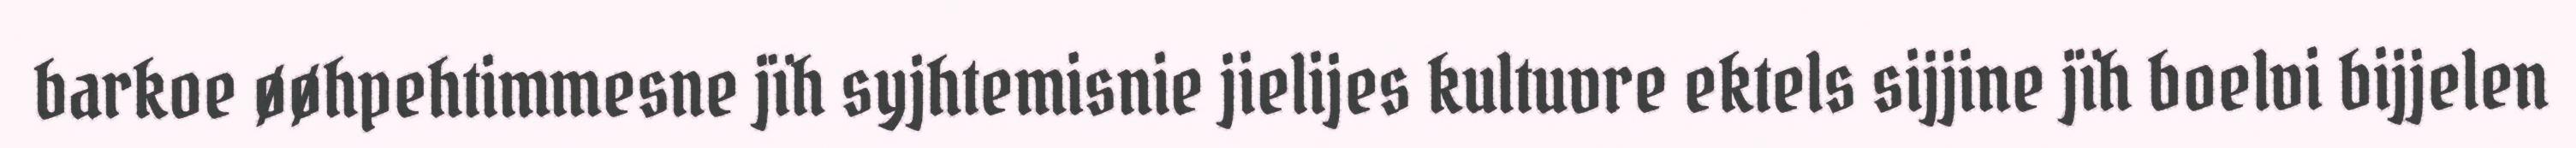
barkoe øøhpehtimmesne jïh syjhtemisnie jielijes kultuvre ektels sijjine jïh boelvi bijjelen